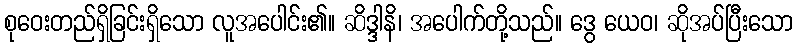
စုဝေးတည်ရှိခြင်းရှိသော လူအပေါင်း၏။ ဆိဒ္ဒါနိ၊ အပေါက်တို့သည်။ ဒွေ ယေဝ၊ ဆိုအပ်ပြီးသော